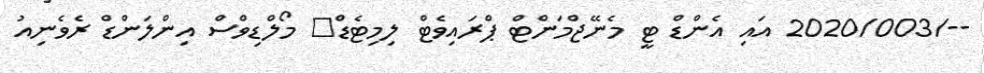
--/2020/003 އައި އެންޑް ޓީ މެނޭޖްމަންޓް ޕްރައިވެޓް ލިމިޓެޑް	 މޯލްޑިވްސް އިންލަންޑް ރެވެނިއު